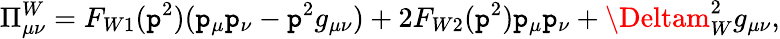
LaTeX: \Pi_{\mu\nu}^{W}=F_{W1}(\mathtt{p}^{2})(\mathtt{p}_{\mu}\mathtt{p}_{\nu}-\mathtt{p}^{2}g_{\mu\nu})+2F_{W2}(\mathtt{p}^{2})\mathtt{p}_{\mu}\mathtt{p}_{\nu}+\Deltam_{W}^{2}g_{\mu\nu},